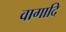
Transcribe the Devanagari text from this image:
वागादि